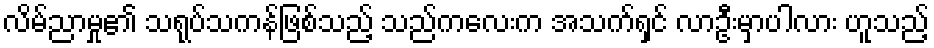
လိမ်ညာမှု၏ သရုပ်သကန်ဖြစ်သည့် သည်ကလေးက အသက်ရှင် လာဦးမှာပါလား ဟူသည့်